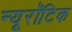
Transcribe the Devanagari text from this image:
न्यूरॉटिक